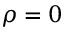
\rho = 0